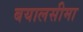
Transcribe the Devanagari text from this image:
बयालसीमा